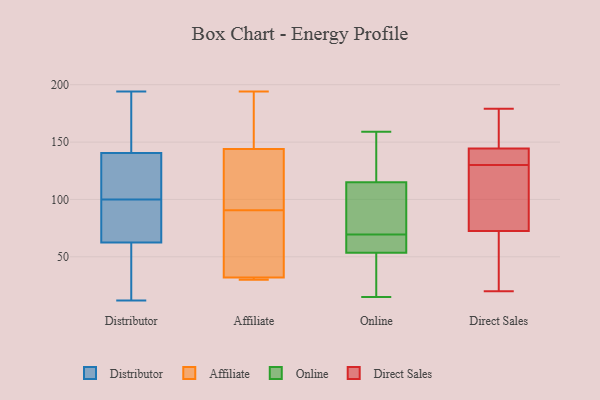
{"axis": {"x": "Customer Acquisition Cost (USD)", "y": "Value"}, "legend": ["Affiliate", "Direct Sales", "Distributor", "Online"], "data": [{"x": "", "y": 100, "type": "Distributor"}, {"x": "", "y": 85, "type": "Distributor"}, {"x": "", "y": 134, "type": "Distributor"}, {"x": "", "y": 139, "type": "Distributor"}, {"x": "", "y": 141, "type": "Distributor"}, {"x": "", "y": 40, "type": "Distributor"}, {"x": "", "y": 179, "type": "Distributor"}, {"x": "", "y": 153, "type": "Distributor"}, {"x": "", "y": 12, "type": "Distributor"}, {"x": "", "y": 46, "type": "Distributor"}, {"x": "", "y": 60, "type": "Distributor"}, {"x": "", "y": 61, "type": "Distributor"}, {"x": "", "y": 86, "type": "Distributor"}, {"x": "", "y": 67, "type": "Distributor"}, {"x": "", "y": 137, "type": "Distributor"}, {"x": "", "y": 141, "type": "Distributor"}, {"x": "", "y": 102, "type": "Distributor"}, {"x": "", "y": 92, "type": "Distributor"}, {"x": "", "y": 194, "type": "Distributor"}, {"x": "", "y": 81, "type": "Affiliate"}, {"x": "", "y": 40, "type": "Affiliate"}, {"x": "", "y": 32, "type": "Affiliate"}, {"x": "", "y": 100, "type": "Affiliate"}, {"x": "", "y": 32, "type": "Affiliate"}, {"x": "", "y": 30, "type": "Affiliate"}, {"x": "", "y": 144, "type": "Affiliate"}, {"x": "", "y": 194, "type": "Affiliate"}, {"x": "", "y": 124, "type": "Affiliate"}, {"x": "", "y": 154, "type": "Affiliate"}, {"x": "", "y": 74, "type": "Online"}, {"x": "", "y": 15, "type": "Online"}, {"x": "", "y": 65, "type": "Online"}, {"x": "", "y": 81, "type": "Online"}, {"x": "", "y": 51, "type": "Online"}, {"x": "", "y": 56, "type": "Online"}, {"x": "", "y": 63, "type": "Online"}, {"x": "", "y": 113, "type": "Online"}, {"x": "", "y": 117, "type": "Online"}, {"x": "", "y": 35, "type": "Online"}, {"x": "", "y": 131, "type": "Online"}, {"x": "", "y": 159, "type": "Online"}, {"x": "", "y": 139, "type": "Direct Sales"}, {"x": "", "y": 103, "type": "Direct Sales"}, {"x": "", "y": 169, "type": "Direct Sales"}, {"x": "", "y": 147, "type": "Direct Sales"}, {"x": "", "y": 149, "type": "Direct Sales"}, {"x": "", "y": 60, "type": "Direct Sales"}, {"x": "", "y": 142, "type": "Direct Sales"}, {"x": "", "y": 140, "type": "Direct Sales"}, {"x": "", "y": 50, "type": "Direct Sales"}, {"x": "", "y": 179, "type": "Direct Sales"}, {"x": "", "y": 150, "type": "Direct Sales"}, {"x": "", "y": 141, "type": "Direct Sales"}, {"x": "", "y": 38, "type": "Direct Sales"}, {"x": "", "y": 28, "type": "Direct Sales"}, {"x": "", "y": 20, "type": "Direct Sales"}, {"x": "", "y": 101, "type": "Direct Sales"}, {"x": "", "y": 126, "type": "Direct Sales"}, {"x": "", "y": 134, "type": "Direct Sales"}, {"x": "", "y": 85, "type": "Direct Sales"}, {"x": "", "y": 111, "type": "Direct Sales"}]}